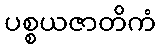
ပစ္စယဇာတိကံ